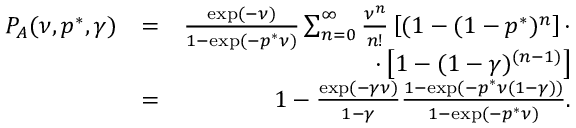
\begin{array} { r l r } { P _ { A } ( \nu , p ^ { * } , \gamma ) } & { = } & { \frac { \exp ( - \nu ) } { 1 - \exp ( - p ^ { * } \nu ) } \sum _ { n = 0 } ^ { \infty } \frac { \nu ^ { n } } { n ! } \left[ ( 1 - ( 1 - p ^ { * } ) ^ { n } \right] \cdot } \\ & { } & { \cdot \left[ 1 - ( 1 - \gamma ) ^ { ( n - 1 ) } \right] } \\ & { = } & { 1 - \frac { \exp ( - \gamma \nu ) } { 1 - \gamma } \frac { 1 - \exp ( - p ^ { * } \nu ( 1 - \gamma ) ) } { 1 - \exp ( - p ^ { * } \nu ) } . } \end{array}